画像に写った文字を読んでください
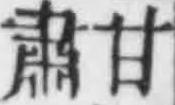
「肅甘」と書いてあります